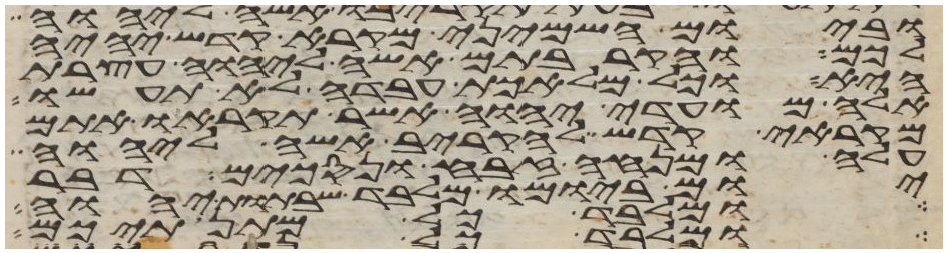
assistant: וביום השמיני מקרא קדש יהיה
לכם והקרבתם אשה ליהוה עצרת
היא וכל מלאכת עבדה לא תעשו
אלה מועדי יהוה אשר תקראו אתם
מקראי קדש להקריב אשה ליהוה
עלה ומנחה זבח ונסכים דבר
יום ביומו מלבד שבתות יהוה
ומלבד כל מתנתיכם